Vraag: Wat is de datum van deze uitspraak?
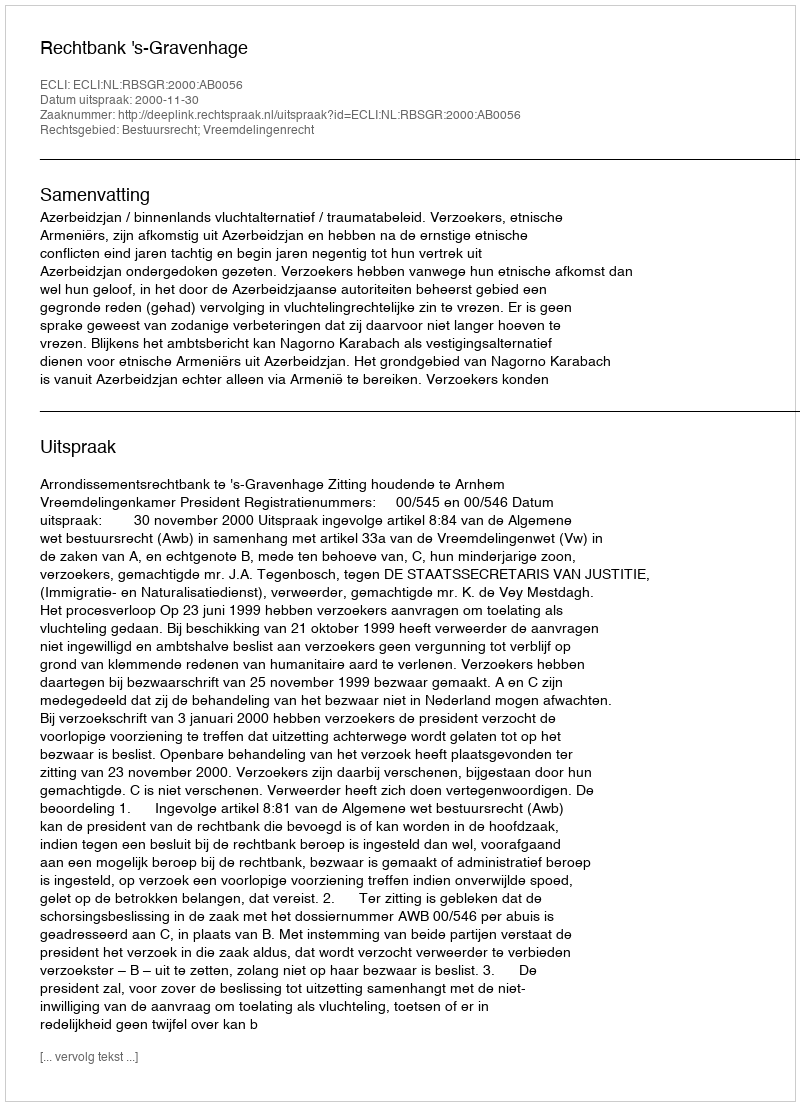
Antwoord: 2000-11-30